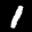
Label: 1